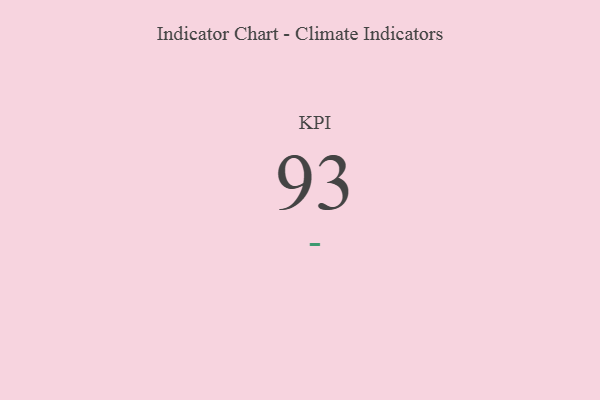
{"axis": {"x": "KPI", "y": "Value"}, "legend": [""], "data": [{"x": "KPI", "y": 93, "type": ""}]}